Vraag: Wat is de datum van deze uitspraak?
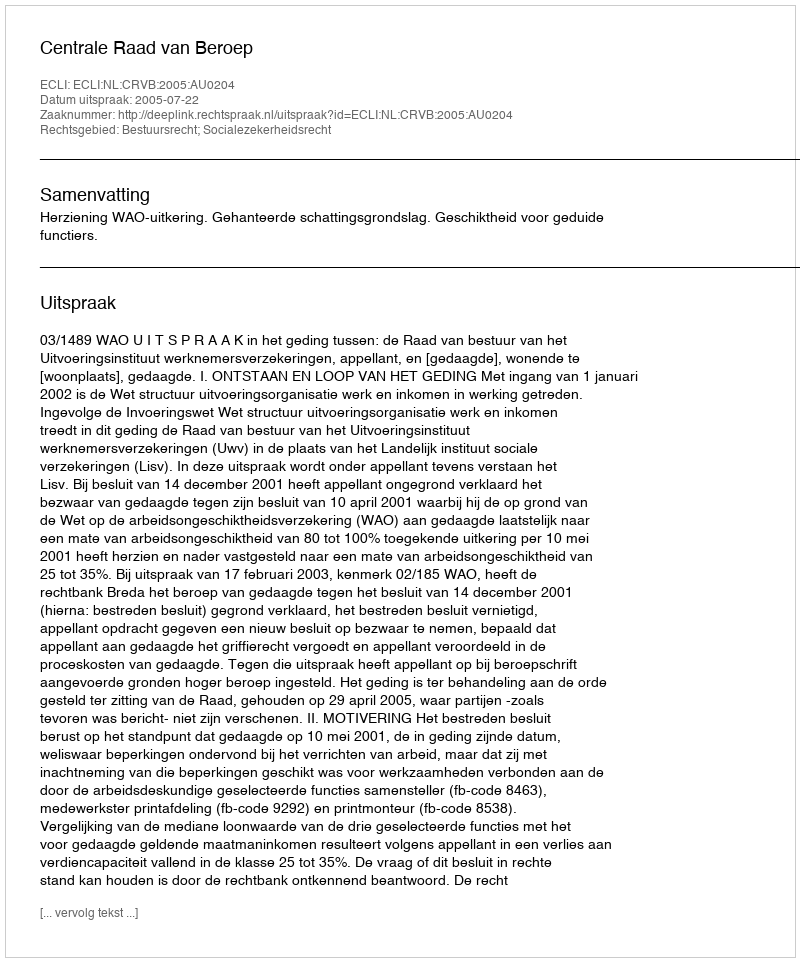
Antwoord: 2005-07-22